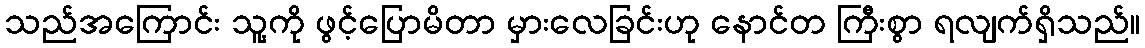
သည်အကြောင်း သူ့ကို ဖွင့်ပြောမိတာ မှားလေခြင်းဟု နောင်တ ကြီးစွာ ရလျက်ရှိသည်။